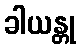
ခါယန္တု